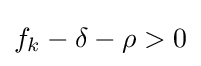
f_{k}-\delta -\rho >0